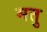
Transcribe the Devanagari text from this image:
मतु